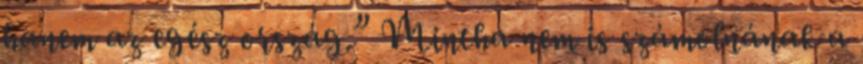
hanem az egész ország.” Mintha nem is számolnának a